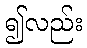
၍လည်း